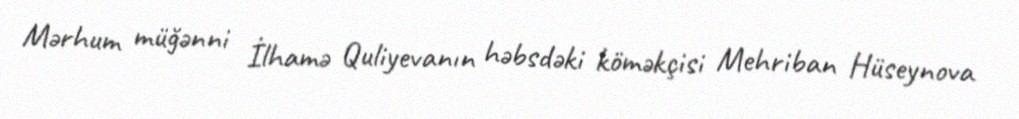
Mərhum müğənni İlhamə Quliyevanın həbsdəki köməkçisi Mehriban Hüseynova